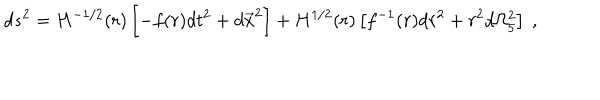
LaTeX: d s ^ { 2 } = H ^ { - 1 / 2 } ( r ) \left[ - f ( r ) d t ^ { 2 } + d \vec { x } ^ { 2 } \right] + H ^ { 1 / 2 } ( r ) \left[ f ^ { - 1 } ( r ) d r ^ { 2 } + r ^ { 2 } d \Omega _ { 5 } ^ { 2 } \right] \ ,